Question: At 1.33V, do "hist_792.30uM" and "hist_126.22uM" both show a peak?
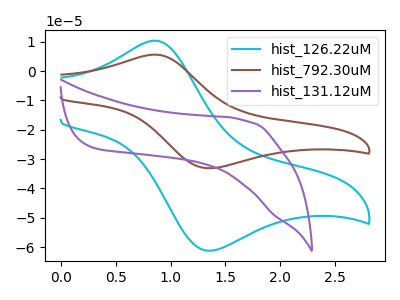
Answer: <think>The cyan curve "hist_126.22uM" has an anodic peak at (0.85V, 10.35uA) and a cathodic peak at (1.35V, -61.15uA). The brown curve "hist_792.30uM" has an anodic peak at (0.85V, 5.60uA) and a cathodic peak at (1.35V, -33.05uA). The purple curve "hist_131.12uM" has no peaks.</think>
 <answer>Yes, "hist_792.30uM" and "hist_126.22uM" share a peak at 1.33V.</answer>
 <eval>match</eval>